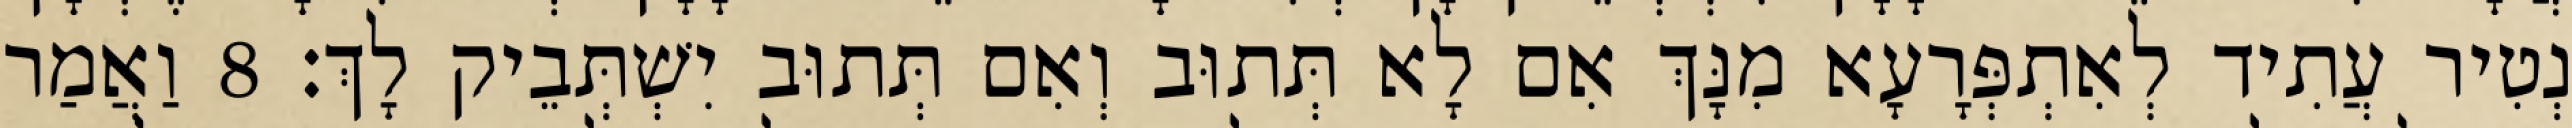
נְטִיר עֲתִיד לְאִתְפְּרָעָא מִנָּךְ אִם לָא תְּתוּב וְאִם תְּתוּב יִשְׁתְּבֵיק לָךְ׃ 8 וַאֲמַר